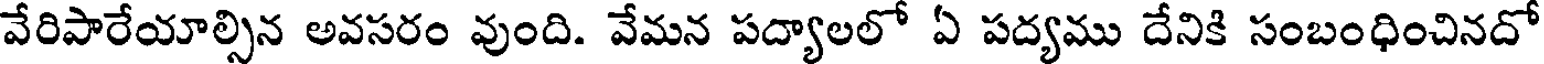
వేరిపారేయాల్సిన అవసరం వుంది. వేమన పద్యాలలో ఏ పద్యము దేనికి సంబంధించినదో